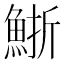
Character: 䱑